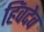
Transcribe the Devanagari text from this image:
हिंवदेव